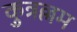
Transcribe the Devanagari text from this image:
कुत्रल्लम